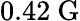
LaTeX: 0.42~\mathrm{{G}}